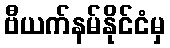
ဗီယက်နမ်နိုင်ငံမှ